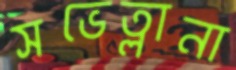
সভেত্লানা